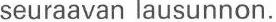
seuraavan lausunnon.